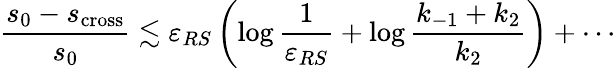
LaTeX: \frac{s_{0}-s_{\mathrm{cross}}}{s_{0}}\lesssim\varepsilon_{RS}\left(\log\frac{1}{\varepsilon_{RS}}+\log\frac{k_{-1}+k_{2}}{k_{2}}\right)+\cdots